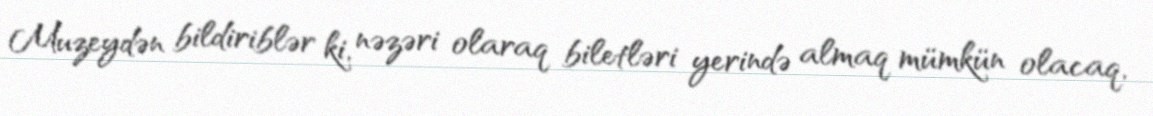
Muzeydən bildiriblər ki, nəzəri olaraq biletləri yerində almaq mümkün olacaq,